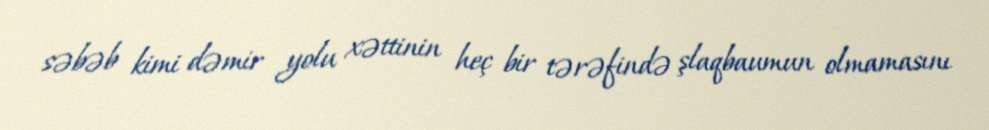
səbəb kimi dəmir yolu xəttinin heç bir tərəfində şlaqbaumun olmamasını